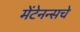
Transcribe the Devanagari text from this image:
मेंटेनन्सचे